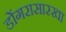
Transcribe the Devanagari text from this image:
डोंगरासारखा